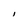
Character: I